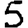
Digit: 5